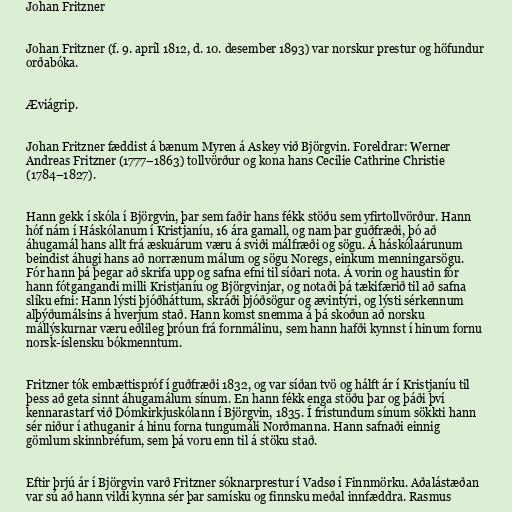
Johan Fritzner

Johan Fritzner (f. 9. apríl 1812, d. 10. desember 1893) var norskur prestur og höfundur
orðabóka.

Æviágrip.

Johan Fritzner fæddist á bænum Myren á Askey við Björgvin. Foreldrar: Werner
Andreas Fritzner (1777–1863) tollvörður og kona hans Cecilie Cathrine Christie
(1784–1827).

Hann gekk í skóla í Björgvin, þar sem faðir hans fékk stöðu sem yfirtollvörður. Hann
hóf nám í Háskólanum í Kristjaníu, 16 ára gamall, og nam þar guðfræði, þó að
áhugamál hans allt frá æskuárum væru á sviði málfræði og sögu. Á háskólaárunum
beindist áhugi hans að norrænum málum og sögu Noregs, einkum menningarsögu.
Fór hann þá þegar að skrifa upp og safna efni til síðari nota. Á vorin og haustin fór
hann fótgangandi milli Kristjaníu og Björgvinjar, og notaði þá tækifærið til að safna
slíku efni: Hann lýsti þjóðháttum, skráði þjóðsögur og ævintýri, og lýsti sérkennum
alþýðumálsins á hverjum stað. Hann komst snemma á þá skoðun að norsku
mállýskurnar væru eðlileg þróun frá fornmálinu, sem hann hafði kynnst í hinum fornu
norsk-íslensku bókmenntum.

Fritzner tók embættispróf í guðfræði 1832, og var síðan tvö og hálft ár í Kristjaníu til
þess að geta sinnt áhugamálum sínum. En hann fékk enga stöðu þar og þáði því
kennarastarf við Dómkirkjuskólann í Björgvin, 1835. Í frístundum sínum sökkti hann
sér niður í athuganir á hinu forna tungumáli Norðmanna. Hann safnaði einnig
gömlum skinnbréfum, sem þá voru enn til á stöku stað.

Eftir þrjú ár í Björgvin varð Fritzner sóknarprestur í Vadsø í Finnmörku. Aðalástæðan
var sú að hann vildi kynna sér þar samísku og finnsku meðal innfæddra. Rasmus